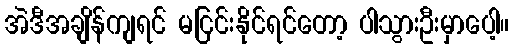
အဲဒီအချိန်ကျရင် မငြင်းနိုင်ရင်တော့ ပါသွားဦးမှာပေါ့။